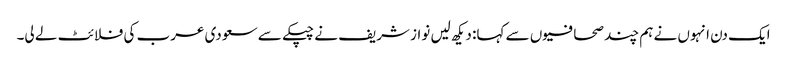
ایک دن انہوں نے ہم چند صحافیوں سے کہا: دیکھ لیں نواز شریف نے چپکے سے سعودی عرب کی فلائٹ لے لی۔